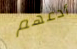
أدعهم